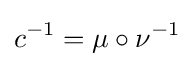
c^{-1}=\mu \circ \nu ^{-1}